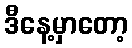
ဒီနေ့မှာတော့